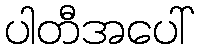
ပါတီအပေါ်